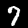
Label: 7